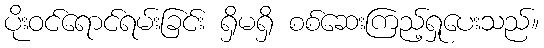
ပိုးဝင်ရောင်ရမ်းခြင်း ရှိမရှိ စစ်ဆေးကြည့်ရှုပေးသည်။